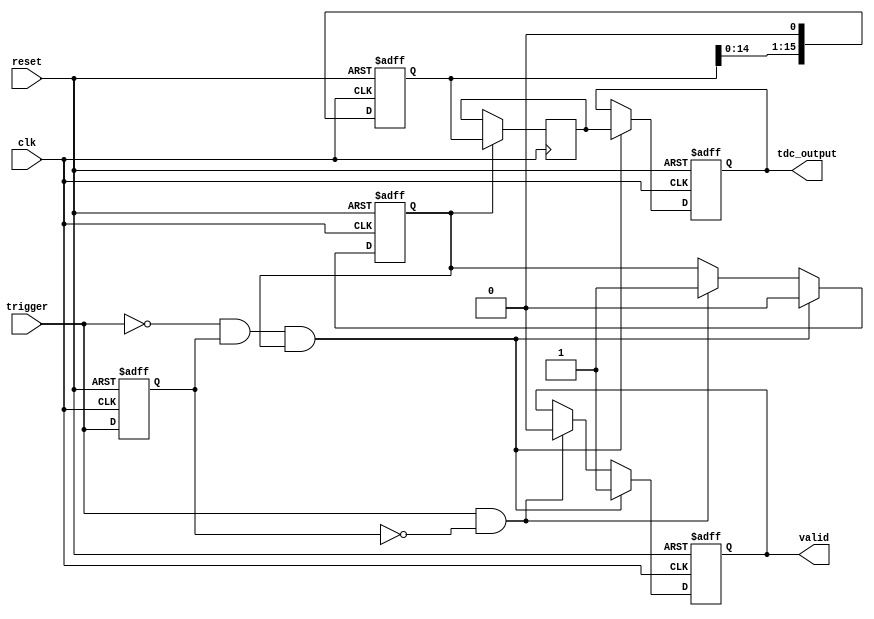
module HybridTDC (
    input wire clk,                // System clock
    input wire reset,              // Asynchronous reset
    input wire trigger,            // Input trigger signal
    output reg [15:0] tdc_output,  // 16-bit TDC output
    output reg valid               // Output valid signal
);

    // Parameters
    parameter DELAY_LINE_SIZE = 16; // Number of delay elements
    parameter COUNTER_WIDTH = 8;     // Width of the coarse counter

    // Internal signals
    reg [COUNTER_WIDTH-1:0] coarse_counter; // Coarse time counter
    reg [DELAY_LINE_SIZE-1:0] delay_line;    // Delay line representation
    reg [DELAY_LINE_SIZE-1:0] delay_output;   // Output of the delay line
    reg trigger_prev;                       // Previous trigger state
    reg measuring;                          // Measurement state

    // Delay line implementation (simple shift register for demonstration)
    always @(posedge clk or posedge reset) begin
        if (reset) begin
            delay_line <= 0;
        end else begin
            delay_line <= {delay_line[DELAY_LINE_SIZE-2:0], 1'b0}; // Shift delay line
        end
    end

    // Coarse counter
    always @(posedge clk or posedge reset) begin
        if (reset) begin
            coarse_counter <= 0;
        end else if (measuring) begin
            coarse_counter <= coarse_counter + 1; // Increment counter during measurement
        end
    end

    // Trigger detection and measurement control
    always @(posedge clk or posedge reset) begin
        if (reset) begin
            trigger_prev <= 0;
            measuring <= 0;
            tdc_output <= 0;
            valid <= 0;
        end else begin
            // Detect rising edge of trigger
            if (trigger && !trigger_prev) begin
                measuring <= 1; // Start measuring
                coarse_counter <= 0; // Reset counter
                valid <= 0; // Clear valid flag
            end
            
            // Stop measuring on falling edge of trigger
            if (!trigger && trigger_prev && measuring) begin
                measuring <= 0; // Stop measuring
                // Combine coarse count and delay line output
                tdc_output <= {coarse_counter, delay_output}; // Combine results
                valid <= 1; // Set valid flag
            end
            
            trigger_prev <= trigger; // Update previous trigger state
        end
    end

    // Fine resolution mechanism (comparator logic)
    always @(posedge clk) begin
        if (measuring) begin
            // Check the delay line output (simple example)
            delay_output <= delay_line; // Capture the delay line output
        end
    end

endmodule